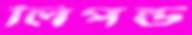
লিপল্ড